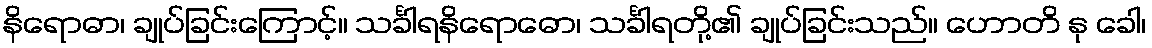
နိရောဓာ၊ ချုပ်ခြင်းကြောင့်။ သင်္ခါရနိရောဓော၊ သင်္ခါရတို့၏ ချုပ်ခြင်းသည်။ ဟောတိ နု ခေါ၊